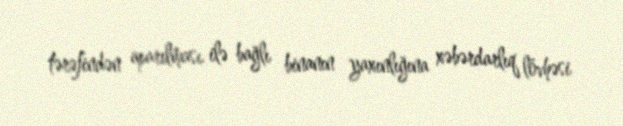
tərəfindən aparılması ilə bağlı binanın yaxınlığına xəbərdarlıq lövhəsi